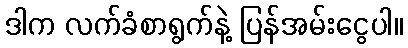
ဒါက လက်ခံစာရွက်နဲ့ ပြန်အမ်းငွေပါ။